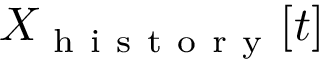
X _ { \mathrm { ~ h ~ i ~ s ~ t ~ o ~ r ~ y ~ } } [ t ]